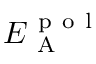
E _ { \mathrm { ~ A ~ } } ^ { \mathrm { ~ p ~ o ~ l ~ } }